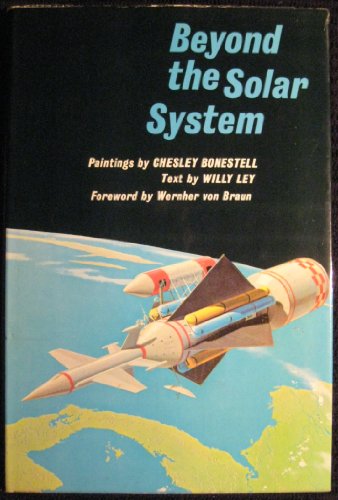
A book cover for Beyond the Solar System; Willy Ley; Science & Math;